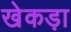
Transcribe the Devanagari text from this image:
खेकड़ा